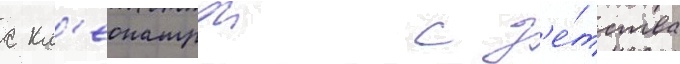
с кл'еопатрои с д'е́тства